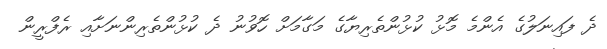
ދެ ފައިނަލުގެ އެންމެ މޮޅު ކުޅުންތެރިޔާގެ މަގާމަށް ހޮވުނު ދެ ކުޅުންތެރިންނަށާއި ރެފްރީން